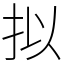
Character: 拟